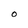
Character: O